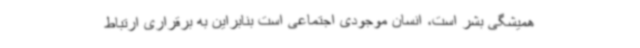
همیشگی بشر است، انسان موجودی اجتماعی است بنابراین به برقراری ارتباط